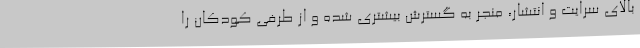
بالای سرایت و انتشار، منجر به گسترش بیشتری شده و از طرفی کودکان را